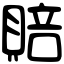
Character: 賠